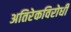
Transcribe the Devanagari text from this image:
अतिरेकविरोधी